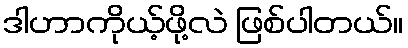
ဒါဟာကိုယ့်ဖို့လဲ ဖြစ်ပါတယ်။